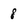
Character: 8